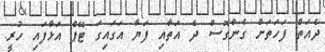
ދެއަތް ފަހަތަށް ގެންގޮސް ދެ އަތާއި ފަޔާ އަގައިގަ ޓޭޕް އަޅާފައި ހުރީ.